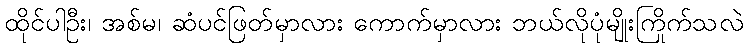
ထိုင်ပါဦး၊ အစ်မ၊ ဆံပင်ဖြတ်မှာလား ကောက်မှာလား ဘယ်လိုပုံမျိုးကြိုက်သလဲ